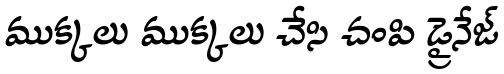
ముక్కలు ముక్కలు చేసి చంపి డ్రైనేజ్